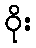
ဝိုး